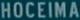
HOCEIMA